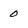
Character: o